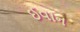
ઈવાન